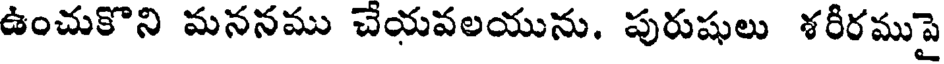
ఉంచుకొని మననము చేయవలయును. పురుషులు శరీరముపై